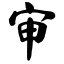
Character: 审